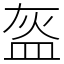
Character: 盔